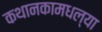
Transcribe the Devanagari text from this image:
कथानकामधल्या